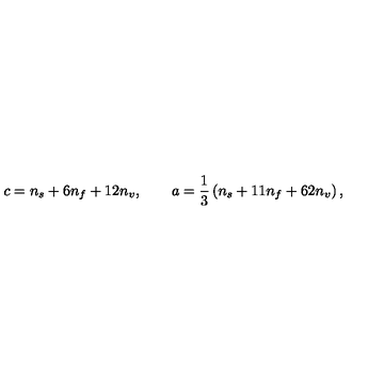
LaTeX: c = n _ { s } + 6 n _ { f } + 1 2 n _ { v } , \qquad a = \frac { 1 } { 3 } \left( n _ { s } + 1 1 n _ { f } + 6 2 n _ { v } \right) ,